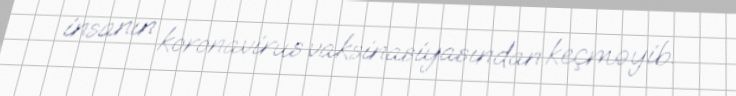
insanın koronavirus vaksinasiyasından keçməyib.